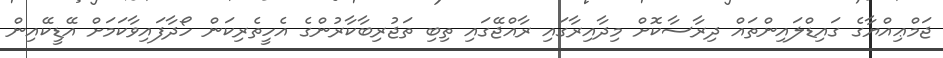
ޖަމްޢިއްޔާގެ ގައިޑްލައިންތައް ދިރާސާކޮށް މިދާއިރާގައި ރާއްޖޭގައި ތިބި ތަޖުރިބާކާރުންގެ އެހީތެރިކަން ހޯދާފައިވާކަމަށް އޭޑީކޭއިން